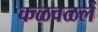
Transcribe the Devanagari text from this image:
कळवळलें